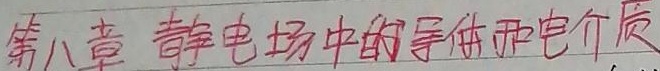
第八章 静电场中的导体和电介质